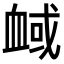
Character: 𧖻